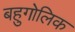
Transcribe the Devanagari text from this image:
बहुगोलिक